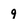
Character: 9